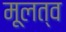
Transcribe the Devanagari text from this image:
मूलत्व